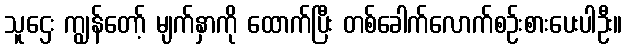
သူဌေး ကျွန်တော့် မျက်နှာကို ထောက်ပြီး တစ်ခေါက်လောက်စဉ်းစားပေးပါဦး။